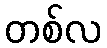
တစ်လ